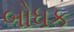
બોધક